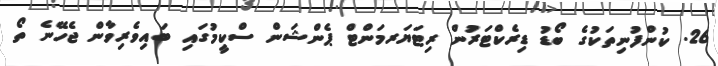
26. ކުންފުނިތަކުގެ ބޯޑު ޑިރެކްޓަރުން ރިޓަޔަރމަންޓް ޕެންޝަން ސްކީމުގައި ބައިވެރިވާން ޖެހޭނެ ތޯ